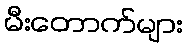
မီးတောက်များ